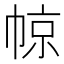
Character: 𱜬